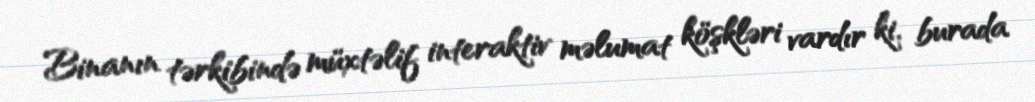
Binanın tərkibində müxtəlif interaktiv məlumat köşkləri vardır ki, burada